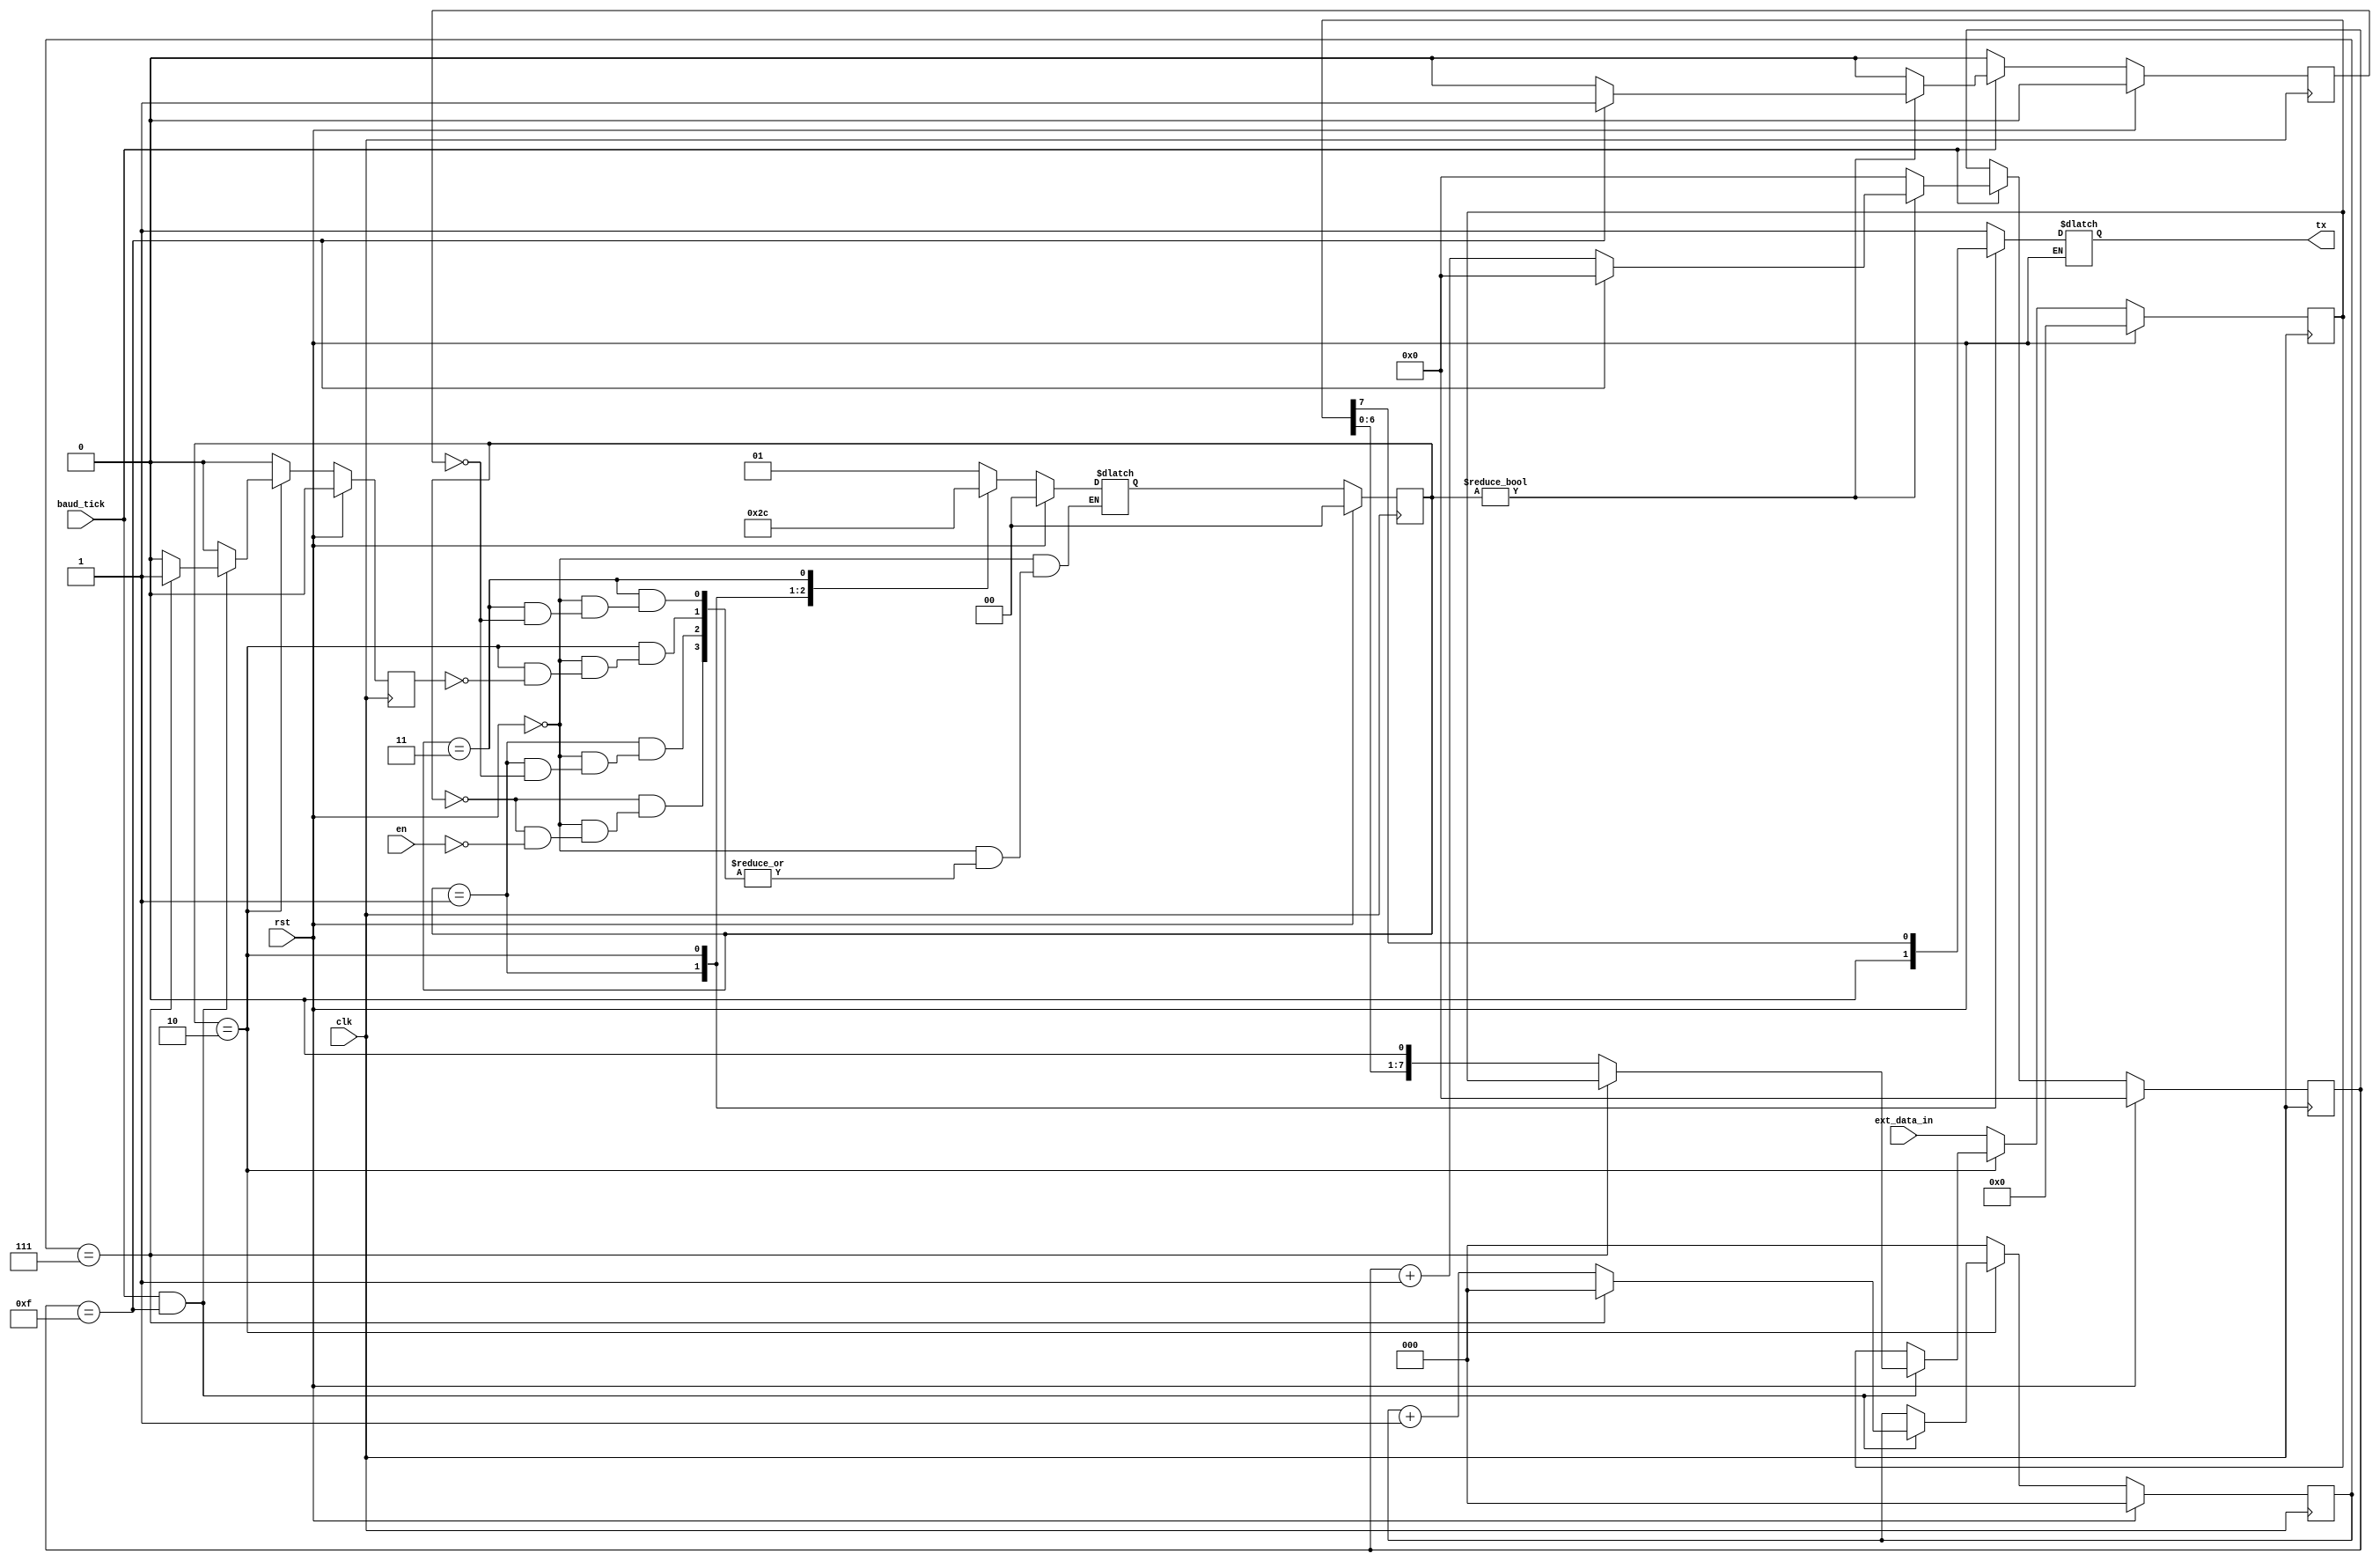
module uart_tx (
    input wire clk,
    input wire rst,
    input wire baud_tick,
    input wire [7:0] ext_data_in,
    input wire en,
    output reg tx
);

    reg [3:0] count_16;
    reg count_16_indication;

    always @(posedge clk) begin
        if (rst) begin
            count_16 <= 0;
            count_16_indication <= 0;
        end
        else begin
            if (baud_tick == 1) begin
                if (current_state != IDLE) begin
                    if (count_16 == 15) begin
                        count_16 <= 0;
                        count_16_indication <= 1;
                    end
                    else begin
                        count_16 <= count_16 + 1;
                        count_16_indication <= 0;
                    end
                end
                else begin
                    count_16 <= 0;
                    count_16_indication <= 0;
                end
            end
            else begin
                count_16 <= count_16;
                count_16_indication <= 0;
            end
        end
    end

    reg [2:0] count_8;
    reg count_8_indication;
    reg [7:0] data_save;

    always @(posedge clk) begin
        if (rst) begin
            count_8 <= 0;
            count_8_indication <= 0;
            data_save <= 0;
        end
        else begin
            if (current_state == DATA) begin
                if ((baud_tick == 1) && (count_16 == 15)) begin
                    if (count_8 == 7) begin
                        count_8 <= 0;
                        count_8_indication <= 1;
                        data_save <= data_save;
                    end
                    else begin
                        count_8 <= count_8 + 1;
                        count_8_indication <= 0;
                        data_save <= {data_save[6:0],1'b0};
                    end
                end
                else begin
                    count_8 <= count_8;
                    count_8_indication <= 0;
                    data_save <= data_save;
                end
            end
            else begin
                count_8 <= 0;
                count_8_indication <= 0;
                data_save <= ext_data_in;
            end
        end
    end
    
    // Finite State Machine

    localparam IDLE = 0;
    localparam START = 1;
    localparam DATA = 2;
    localparam STOP = 3;

    reg [1:0] current_state, next_state;

    always @(posedge clk) begin
        if (rst) begin
            current_state <= 0;
        end
        else begin
            current_state <= next_state;
        end
    end

    always @(*) begin
        if (rst) begin
            next_state = 0;
        end
        else begin
            case (current_state)
                IDLE: begin
                    tx = 1;
                    if (en == 1) begin
                        next_state = START;
                    end
                end
                START: begin
                    tx = 0;
                    if (count_16_indication == 1) begin
                        next_state = DATA;
                    end
                end
                DATA: begin
                    tx = data_save[7];
                    if (count_8_indication == 1) begin
                        next_state = STOP;
                    end
                end
                STOP: begin
                    tx = 1;
                    if (count_16_indication == 1) begin
                        next_state = IDLE;
                    end
                end
                default: next_state = IDLE;
            endcase
        end
    end

endmodule